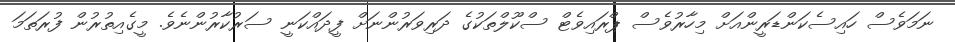
ނަމަވެސް ހައިސެކަންޑަރީންއަށް މިހާރުވެސް ޕްރައިވެޓް ސްކޫލްތަކުގެ ދަރިވަރުންނަށް ފީދައްކަނީ ސަރުކާރުންނެވެ. މީގެއިތުރުން ފުރަތަމަ